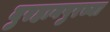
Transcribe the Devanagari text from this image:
बुरहानपुरच्या